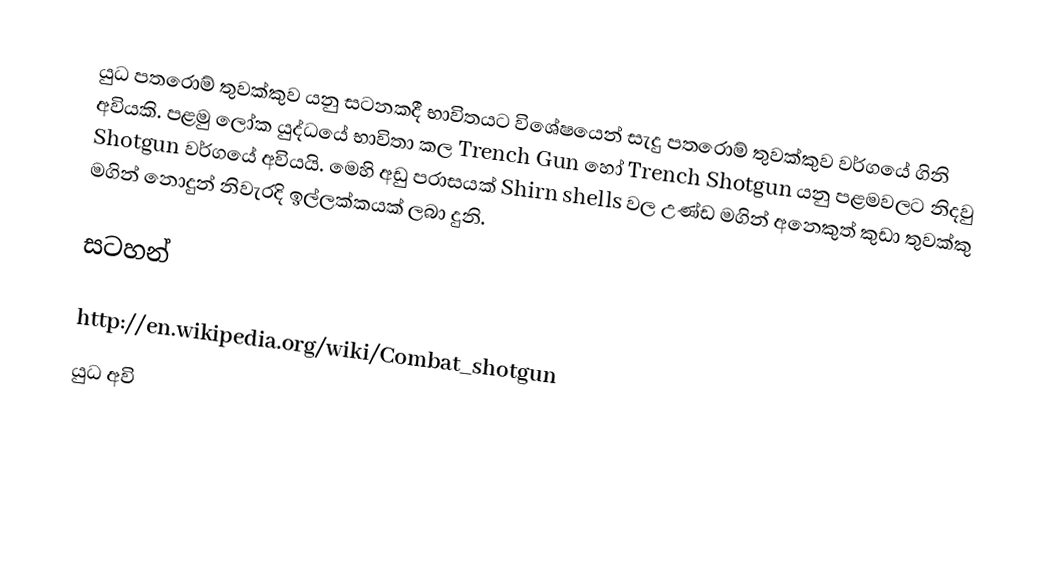
යුධ පතරොම් තුවක්කුව යනු සටනකදී භාවිතයට වි‍‍‍ශේෂ‍‍‍‍‍යෙන් සැදු පතරොම් තුවක්කුව වර්ග‍‍‍යේ ගිනි අවියකි. පළමු ‍‍‍‍‍ලෝක යුද්ධ‍‍යේ භාවිතා කල Trench Gun හෝ Trench Shotgun යනු පළමවලට නිදවු   Shotgun  වර්ගයේ අවියයි. මෙහි අඩු පරාසයක් Shirn shells වල උණ්ඩ මගින් අනෙකුත් කුඩා තුවක්කු මගින් නොදුන් නිවැරදි ඉල්ලක්කයක් ලබා දුනි.

සටහන්

http://en.wikipedia.org/wiki/Combat_shotgun
යුධ අවි